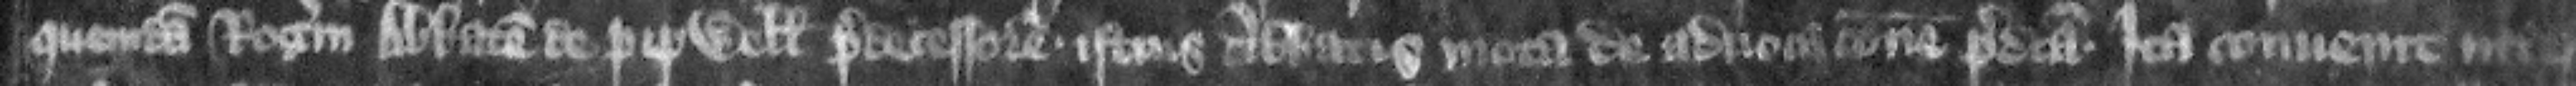
quemdam Rogerum abbatem de Pipwell predecessorem istius abbatis mota de aduocacione predicta ita conuenit inter